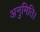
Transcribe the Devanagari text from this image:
अनुमिति।